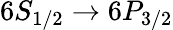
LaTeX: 6S_{1/2}\rightarrow 6P_{3/2}